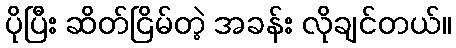
ပိုပြီး ဆိတ်ငြိမ်တဲ့ အခန်း လိုချင်တယ်။